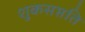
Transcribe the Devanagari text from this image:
शुकसप्तति